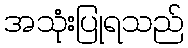
အသုံးပြုရသည်